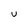
Character: U